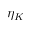
\eta _ { K }